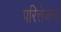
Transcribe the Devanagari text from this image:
परित्तेजना